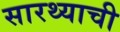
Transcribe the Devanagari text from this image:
सारथ्याची